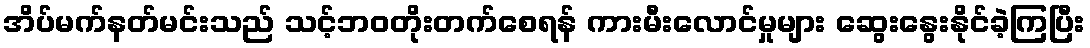
အိပ်မက်နတ်မင်းသည် သင့်ဘဝတိုးတက်စေရန် ကားမီးလောင်မှုများ ဆွေးနွေးနိုင်ခဲ့ကြပြီး